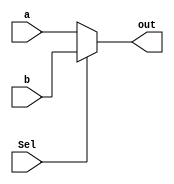
module mux2x1 (input wire Sel,
input wire  a,
input wire  b,
output wire out);

assign out = (Sel ==0 ?a:b); 

endmodule